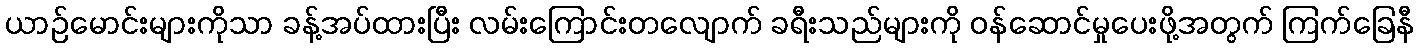
ယာဉ်မောင်းများကိုသာ ခန့်အပ်ထားပြီး လမ်းကြောင်းတလျောက် ခရီးသည်များကို ဝန်ဆောင်မှုပေးဖို့အတွက် ကြက်ခြေနီ